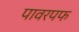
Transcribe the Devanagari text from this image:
पावरपफ